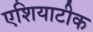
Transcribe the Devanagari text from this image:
एशियाटीक